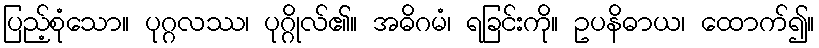
ပြည့်စုံသော။ ပုဂ္ဂလဿ၊ ပုဂ္ဂိုလ်၏။ အဓိဂမံ၊ ရခြင်းကို။ ဥပနိဓာယ၊ ထောက်၍။